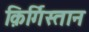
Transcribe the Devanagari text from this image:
क़िर्गिस्तान